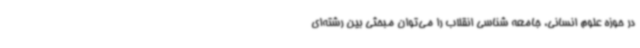
در حوزه علوم انسانی، جامعه شناسی انقلاب را می‌توان مبحثی بین رشته‌ای